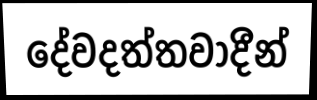
දේවදත්තවාදීන්